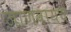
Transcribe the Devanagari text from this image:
जाणवायचे